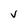
Character: v